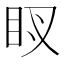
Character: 𥄗